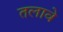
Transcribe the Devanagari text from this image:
तलावे